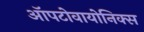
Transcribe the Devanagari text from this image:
ऑपटोवायोनिक्स